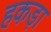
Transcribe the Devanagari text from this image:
हकड़ा